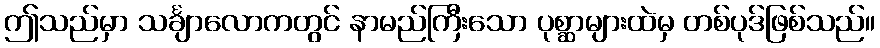
ဤသည်မှာ သင်္ချာလောကတွင် နာမည်ကြီးသော ပုစ္ဆာများထဲမှ တစ်ပုဒ်ဖြစ်သည်။